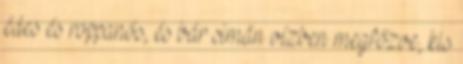
édes és roppanós, és bár simán vízben megfőzve, kis